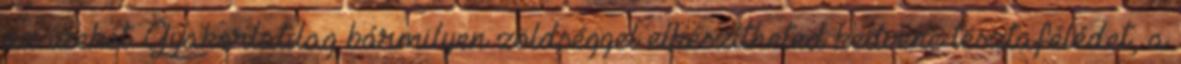
az ízeket. Gyakorlatilag bármilyen zöldséggel elkészítheted kedvenc tésztafélédet, a